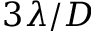
3 \lambda / D